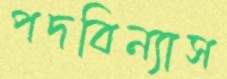
পদবিন্যাস